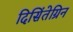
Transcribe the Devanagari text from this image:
दिसिंतेग्रिन